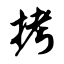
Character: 拷